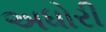
અધોરી